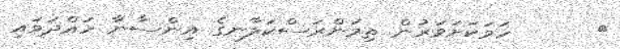
٤      ހަމަކަށަވަރުން ތިމަންރަސްކަލާނގެ އިންސާނާ ހައްދަވައި